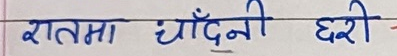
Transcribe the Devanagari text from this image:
रातमा चाँदनी छरी